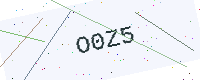
Text: O0Z5